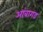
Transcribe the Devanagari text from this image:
आंबागड